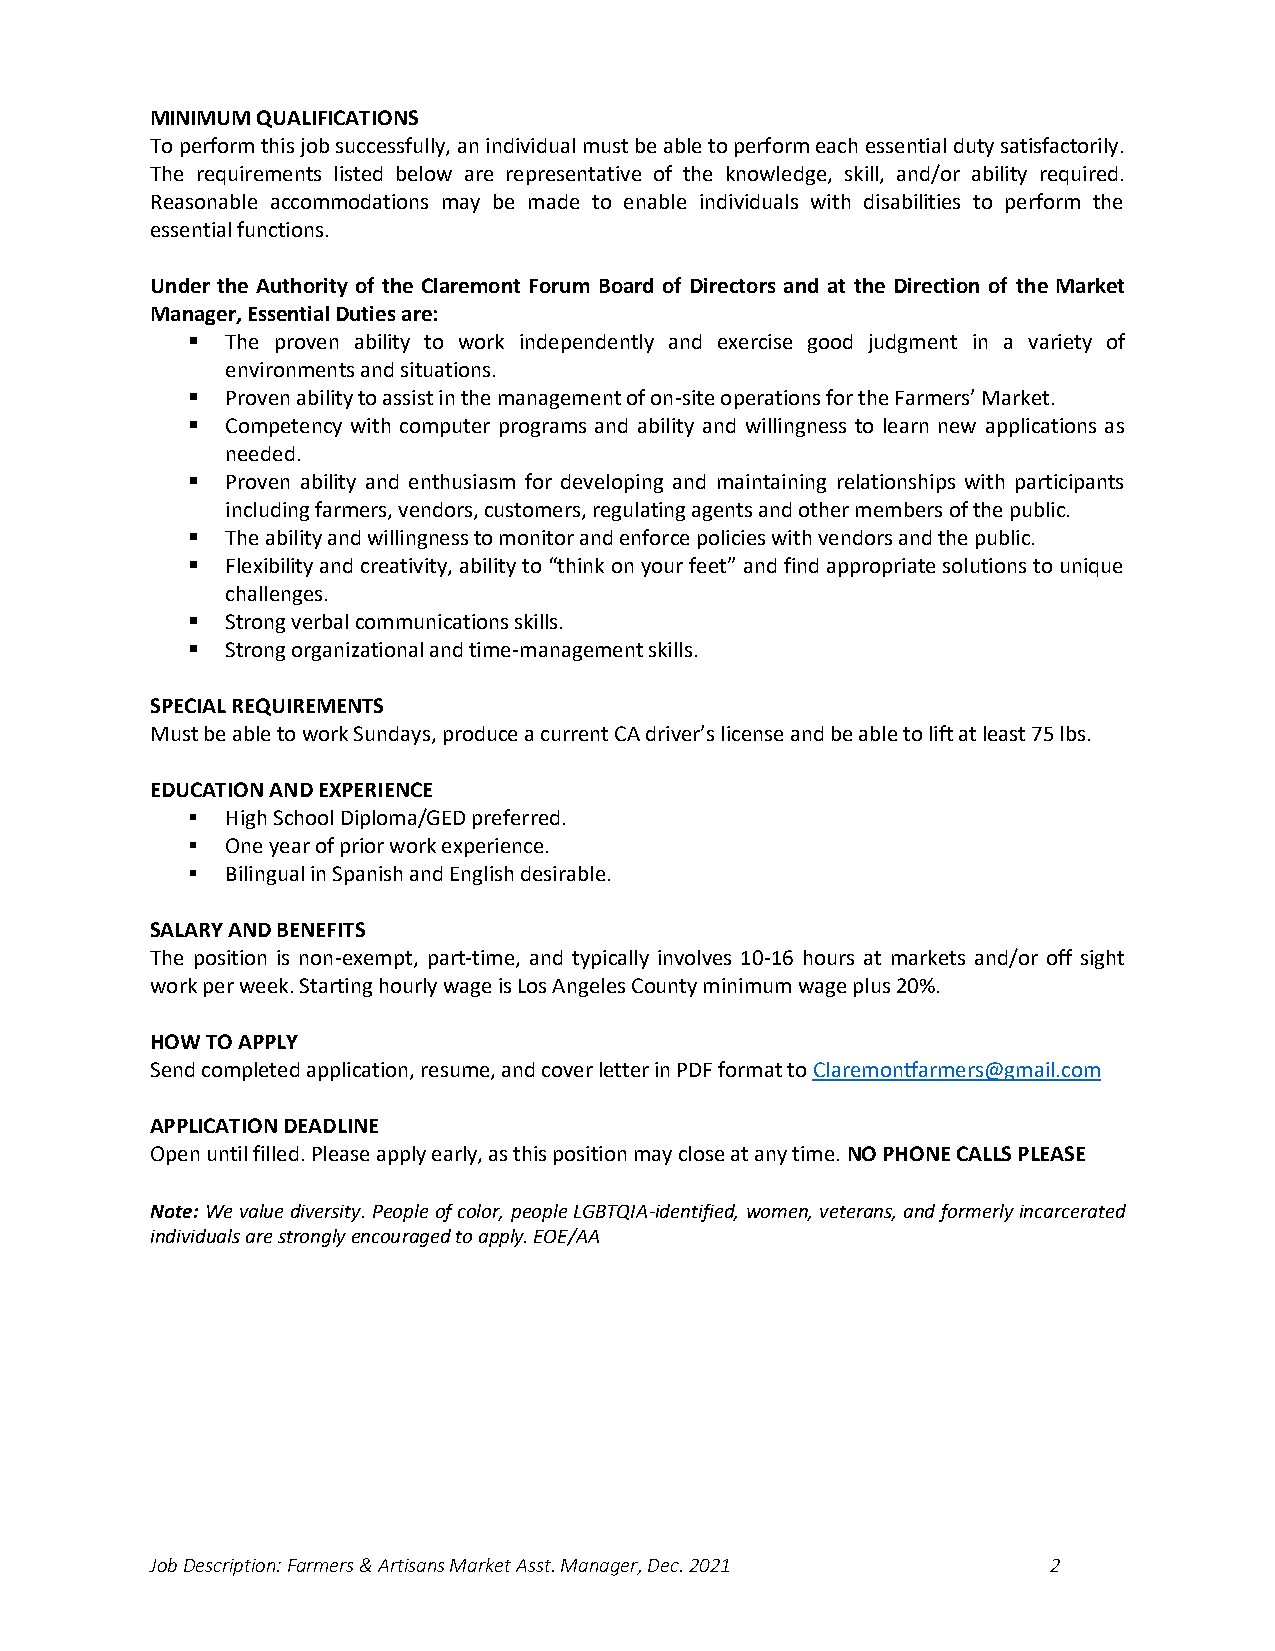
MINIMUM QUALIFICATIONS
 To perform this job successfully, an individual must be able to perform each essential duty satisfactorily.
 The requirements listed below are representative of the knowledge, skill, and/or ability required.
 Reasonable accommodations may be made to enable individuals with disabilities to perform the
 essential functions.
 Under the Authority of the Claremont Forum Board of Directors and at the Direction of the Market
 Manager, Essential Duties are:
 ▪  The proven ability to work independently and exercise good judgment in a variety of
 environments and situations.
 ▪  Proven ability to assist in the management of on-site operations for the Farmers’ Market.
 ▪  Competency with computer programs and ability and willingness to learn new applications as
 needed.
 ▪  Proven ability and enthusiasm for developing and maintaining relationships with participants
 including farmers, vendors, customers, regulating agents and other members of the public.
 ▪  The ability and willingness to monitor and enforce policies with vendors and the public.
 ▪  Flexibility and creativity, ability to “think on your feet” and find appropriate solutions to unique
 challenges.
 ▪  Strong verbal communications skills.
 ▪  Strong organizational and time-management skills.
 SPECIAL REQUIREMENTS
 Must be able to work Sundays, produce a current CA driver’s license and be able to lift at least 75 lbs.
 EDUCATION AND EXPERIENCE
 ▪  High School Diploma/GED preferred.
 ▪  One year of prior work experience.
 ▪  Bilingual in Spanish and English desirable.
 SALARY AND BENEFITS
 The position is non-exempt, part-time, and typically involves 10-16 hours at markets and/or off sight
 work per week. Starting hourly wage is Los Angeles County minimum wage plus 20%.
 HOW TO APPLY
 Send completed application, resume, and cover letter in PDF format to Claremontfarmers@gmail.com
 APPLICATION DEADLINE
 Open until filled. Please apply early, as this position may close at any time. NO PHONE CALLS PLEASE
 Note: We value diversity. People of color, people LGBTQIA-identified, women, veterans, and formerly incarcerated
 individuals are strongly encouraged to apply. EOE/AA
 Job Description: Farmers & Artisans Market Asst. Manager, Dec. 2021 2